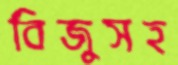
বিজুসহ